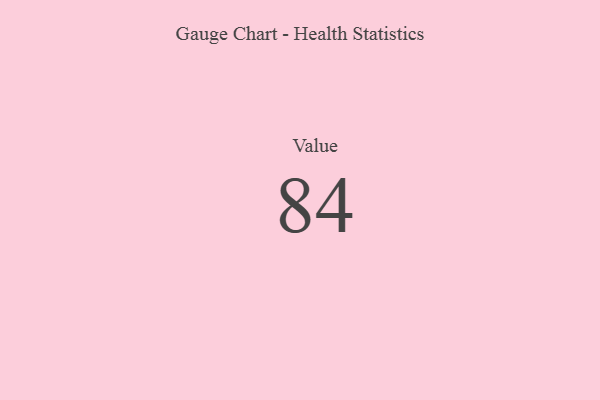
{"axis": {"x": "Metric", "y": "Value"}, "legend": [""], "data": [{"x": "Value", "y": 84, "type": ""}]}